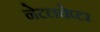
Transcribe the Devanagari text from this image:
नेटलचेप्टर